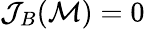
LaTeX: \mathcal{J}_{B}(\mathcal{M})=0